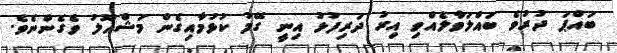
ބައްޕަ ދުރުވެ ބައްލަވާލެއްވި އިރު ދަރިފުޅު އިނީ ގޭމު ކުޅުމާއިގެން މަޝްޣޫލު ވެގެންނެވެ.